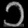
Digit: ၁